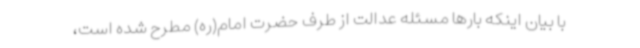
با بیان اینکه بارها مسئله عدالت از طرف حضرت امام(ره) مطرح شده است،